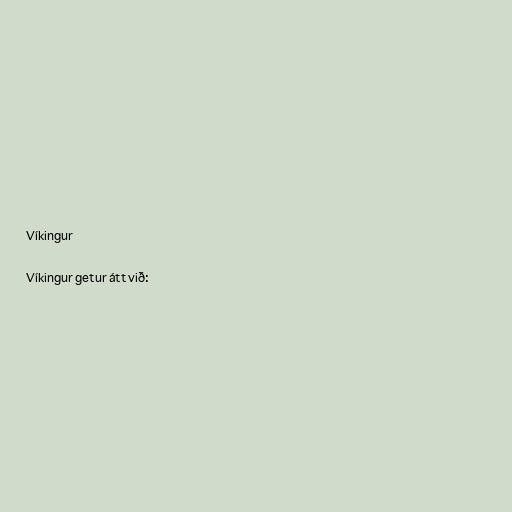
Víkingur

Víkingur getur átt við: